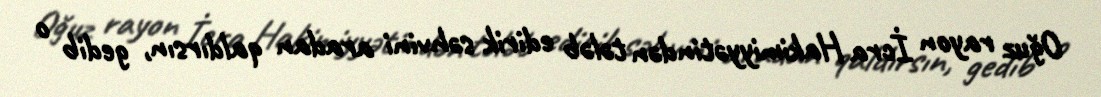
Oğuz rayon İcra Hakimiyyətindən tələb edirik səhvini aradan qaldırsın, gedib o